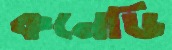
কনেডি